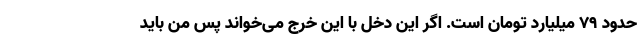
حدود ۷۹ میلیارد تومان است. اگر این دخل با این خرج می‌خواند پس من باید